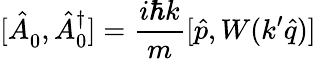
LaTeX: [\hat{A}_{0}^{\phantom{\dagger}},\hat{A}_{0}^{\dagger}]=\frac{i\hbar k}{m}[\hat{p},W(k^{\prime}\hat{q})]